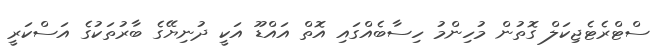
ސްޓްރެޓެޖިކަލް ގޮތުން މުހިންމު ހިސާބެއްގައި އޮތް އައްޑޫ އަކީ ދުނިޔޭގެ ބާރުތަކުގެ އަސްކަރީ